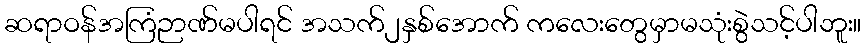
ဆရာဝန်အကြံဉာဏ်မပါရင် အသက်၂နှစ်အောက် ကလေးတွေမှာမသုံးစွဲသင့်ပါဘူး။